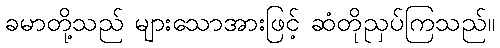
ခမာတို့သည် များသောအားဖြင့် ဆံတိုညှပ်ကြသည်။